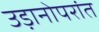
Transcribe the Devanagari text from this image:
उड़ानोपरांत